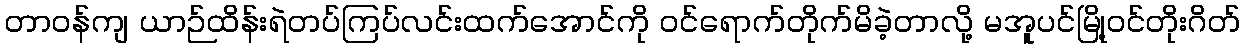
တာဝန်ကျ ယာဉ်ထိန်းရဲတပ်ကြပ်လင်းထက်အောင်ကို ဝင်ရောက်တိုက်မိခဲ့တာလို့ မအူပင်မြို့ဝင်တိုးဂိတ်